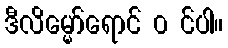
ဒီလိမ္မော်ရောင် ၀ င်ပါ။